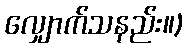
လျှောက်သနည်း။)